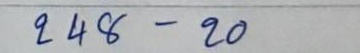
248 - 20